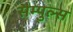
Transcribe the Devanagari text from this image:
सैम्पुल्स